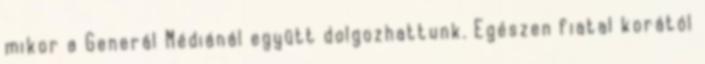
mikor a Generál Médiánál együtt dolgozhattunk. Egészen fiatal korától